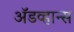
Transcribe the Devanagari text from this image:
अॅडव्हान्स